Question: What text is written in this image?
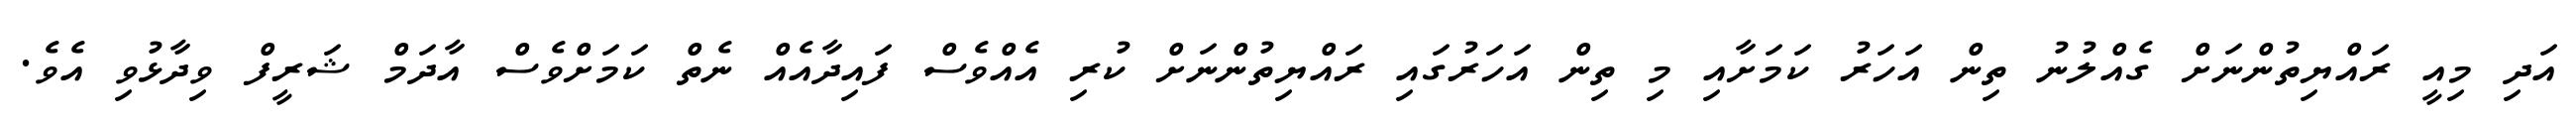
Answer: އަދި މިއީ ރައްޔިތުންނަށް ގެއްލުނު ތިން އަހަރު ކަމަށާއި މި ތިން އަހަރުގައި ރައްޔިތުންނަށް ކުރި އެއްވެސް ފައިދާއެއް ނެތް ކަމަށްވެސް އާދަމް ޝަރީފް ވިދާޅުވި އެވެ.